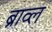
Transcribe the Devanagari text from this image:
ब्राव्ल